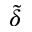
\tilde { \delta }